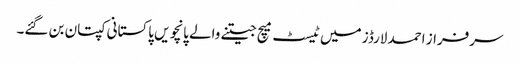
سرفراز احمد لارڈز میں ٹیسٹ میچ جیتنے والے پانچویں پاکستانی کپتان بن گئے۔